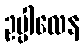
ဥပ္ပါလေန